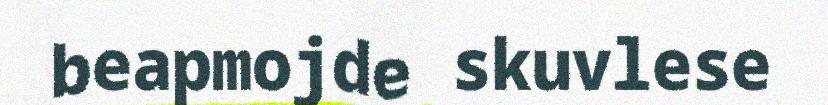
beapmojde skuvlese